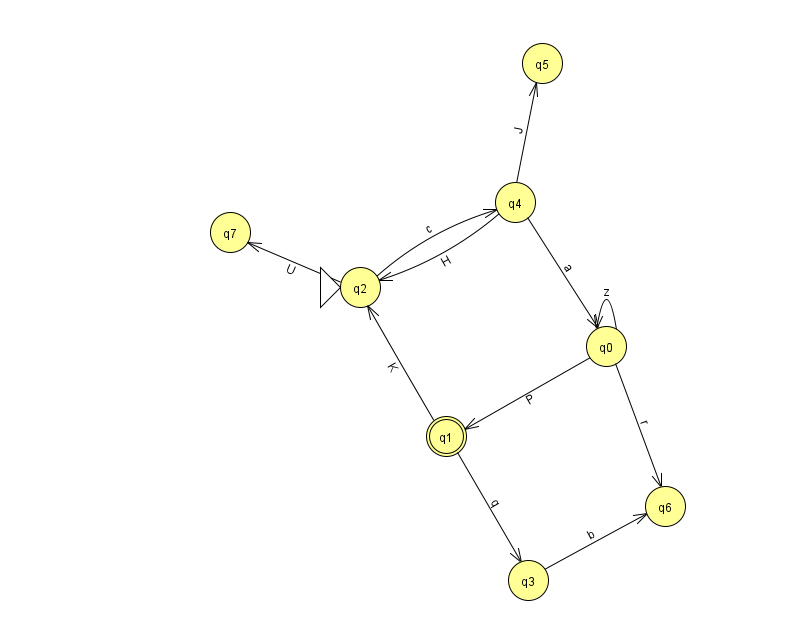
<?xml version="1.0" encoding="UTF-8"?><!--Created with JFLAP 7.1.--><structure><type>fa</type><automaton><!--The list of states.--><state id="0" name="q0"><x>606.0</x><y>333.0</y></state><state id="1" name="q1"><x>446.0</x><y>423.0</y><final/></state><state id="2" name="q2"><x>360.0</x><y>274.0</y><initial/></state><state id="3" name="q3"><x>528.0</x><y>567.0</y></state><state id="4" name="q4"><x>515.0</x><y>189.0</y></state><state id="5" name="q5"><x>542.0</x><y>50.0</y></state><state id="6" name="q6"><x>665.0</x><y>493.0</y></state><state id="7" name="q7"><x>230.0</x><y>219.0</y></state><!--The list of transitions.--><transition><from>3</from><to>6</to><read>b</read></transition><transition><from>1</from><to>3</to><read>q</read></transition><transition><from>1</from><to>2</to><read>K</read></transition><transition><from>2</from><to>4</to><read>c</read></transition><transition><from>4</from><to>0</to><read>a</read></transition><transition><from>0</from><to>0</to><read>z</read></transition><transition><from>0</from><to>6</to><read>r</read></transition><transition><from>2</from><to>7</to><read>U</read></transition><transition><from>4</from><to>5</to><read>J</read></transition><transition><from>4</from><to>2</to><read>H</read></transition><transition><from>0</from><to>1</to><read>P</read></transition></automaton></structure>